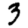
Digit: 3